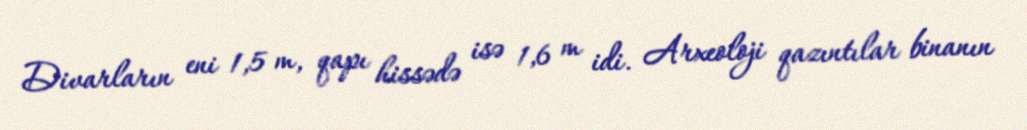
Divarların eni 1,5 m, qapı hissədə isə 1,6 m idi. Arxeoloji qazıntılar binanın